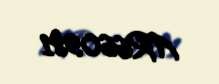
AR660981